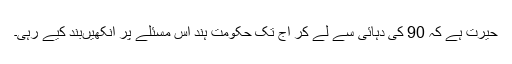
حیرت ہے کہ 90 کی دہائی سے لے کر آج تک حکومت ہند اس مسئلے پر آنکھیںبند کیے رہی۔